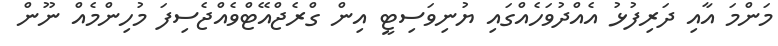
މަންމަ އާއި ދަރިފުޅު އެއްދުވަހެއްގައި ޔުނިވަސިޓީ އިން ގްރެޖްއޭޓްވެއްޖެސިފަ މުހިންމެއް ނޫން